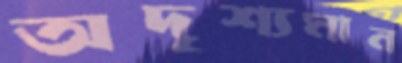
অদৃশ্যমান